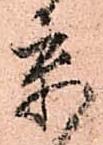
京